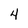
Character: 4